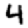
Digit: 4